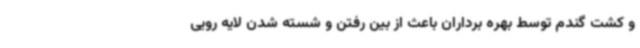
و کشت گندم توسط بهره برداران باعث از بین رفتن و شسته شدن لایه رویی